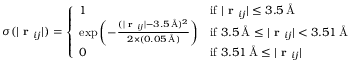
\sigma ( | \textbf { r } _ { i j } | ) = \left\{ \begin{array} { l l } { 1 } & { \mathrm { i f ~ } | \textbf { r } _ { i j } | \leq 3 . 5 \, \mathrm { \AA } } \\ { \exp \left( - \frac { ( | \textbf { r } _ { i j } | - 3 . 5 \, \mathrm { \AA } ) ^ { 2 } } { 2 \times ( 0 . 0 5 \, \mathrm { \AA } ) } \right) } & { \mathrm { i f ~ } 3 . 5 \, \mathrm { \AA } \leq | \textbf { r } _ { i j } | < 3 . 5 1 \, \mathrm { \AA } } \\ { 0 } & { \mathrm { i f ~ } 3 . 5 1 \, \mathrm { \AA } \leq | \textbf { r } _ { i j } | } \end{array} \right.